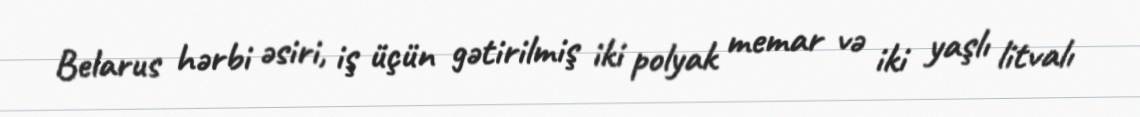
Belarus hərbi əsiri, iş üçün gətirilmiş iki polyak memar və iki yaşlı litvalı